Leaving Certificate, 1900
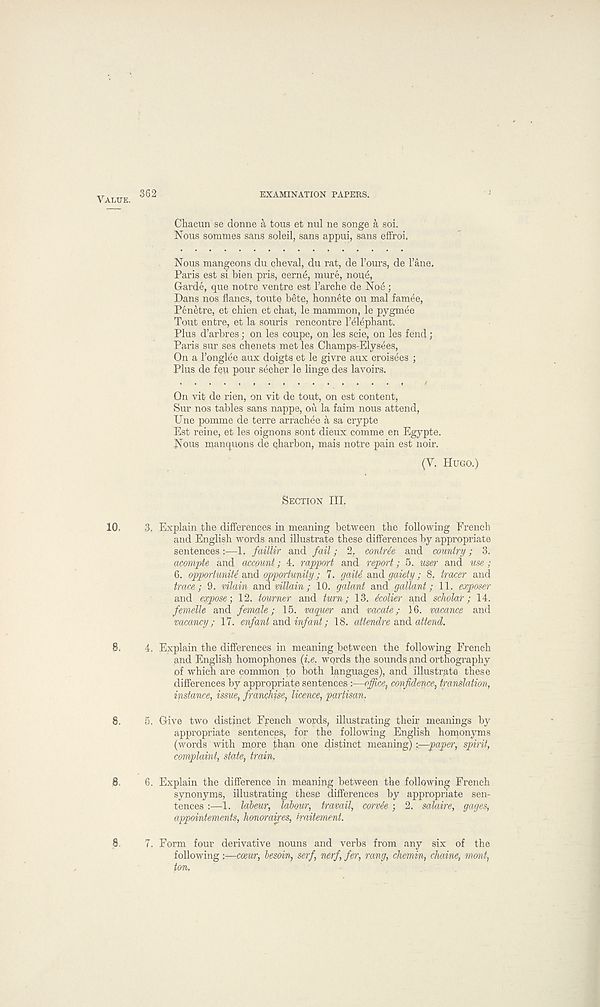
VALUE.
362
EXAMINATION PAPERS.
Chacun se donne a tons et nul ne songe a soi.
Nous sommes sans soleil, sans appui, sans effroi.
Nous mangeons du cheval, du rat, de Tours, de Tano.
Paris est si bien pris, cern6, mure, none,
Garde, quo notre ventre est Tarche de Noe ;
Dans nos flancs, toute bete, honnete ou mal famee,
Penetre, et chien et chat, le mammon, le pygmee
Tout entre, et la souris rencontre Telephant.
Plus d’arbres; on les coupe, on les scie, on les fend;
Paris sur ses chenets met les Champs-Elysees,
On a Tonglee aux doigts et le givre aux croisees ;
Plus de feu pour secher le linge des lavoirs.
On vit de rien, on vit de tout, on est content,
Sur nos tables sans nappe, ou la faim nous attend,
Une pomme de terre arrachee a sa crypte
Est reine, et les oignons sont dieux comme en Egypte.
Nous manquons de charbon, mais notre pain est noir.
(V. HUGO.)
SECTION III.
10.
3. Explain the differences in meaning between the following French
and English words and illustrate these differences by appropriate
sentences:—1, faillir and fail; 2. conMe and country; 3.
acompte and account; 4. rapport and report; 5. user and use;
6. opportunity and opportunity; 7. gaiU and gaiety; 8, tracer and
trace; 9. vilain and villain; 10. galant and gallant; 11. exposer
and expose-, 12. tourner and turn; 13. icolier and scholar; 14.
femelle and female; 15. vaguer and vacate; 16. vacance and
vacancy; 17. enfant and infant; 18. attendre and attend.
8.
4. Explain the differences in meaning between the following French
and English homophones (i.e. wqrds the sounds and orthography
of which are common to both languages), and illustrate these
differences by appropriate sentences:—office^ confidence, translation,
instance, issue, franchise, licence, partisan.
8.
5. Give two distinct French words, illustrating their meanings by
appropriate sentences, for the following English homonyms
(words with more than one distinct meaning) -.—paper, spirit,
complaint, state, train,
8.
6. Explain the difference in meaning between the following French
synonyms, illustrating these differences by appropriate sen-
tences :—1. labeur, labour, travail, corvie ; 2. salaire, gages,
appointements, honoraires, iraitement.
8
7. Form four derivative nouns and verbs from any six of the
following ;—cceur, besoin, serf, nerf fer, rang, chemin, chaine, mont,
ton.